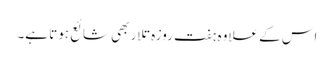
اس کے علاوہ ہفت روزہ تلار بھی شائع ہوتا ہے۔